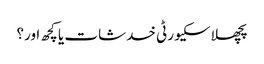
پچھلا سکیورٹی خدشات یا کچھ اور؟